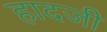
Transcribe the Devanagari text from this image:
हादजी